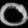
Digit: ၀